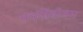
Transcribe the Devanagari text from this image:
यदग्निहोत्रम